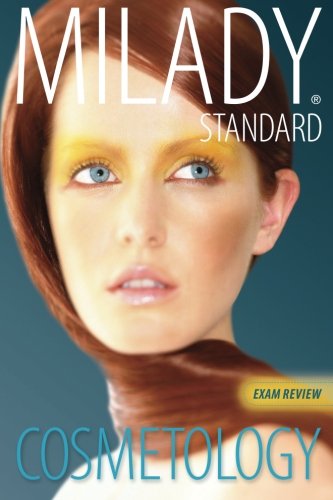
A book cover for Exam Review for Milady Standard Cosmetology 2012 (Milady Standard Cosmetology Exam Review); Milady; Test Preparation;